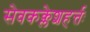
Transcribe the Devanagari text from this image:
सेवकक्लेशहर्त्तः